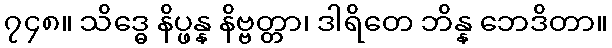
၇၄၈။ သိဒ္ဓေ နိပ္ဖန္န နိဗ္ဗတ္တာ၊ ဒါရိတေ ဘိန္န ဘေဒိတာ။